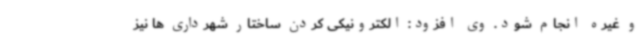
و غیره انجام شود. وی افزود: الکترونیکی کردن ساختار شهرداری ها نیز